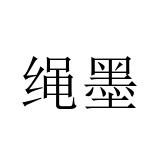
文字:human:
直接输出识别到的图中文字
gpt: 绳墨